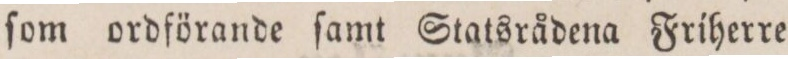
ſom ordförande ſamt Statsrådena Friherre